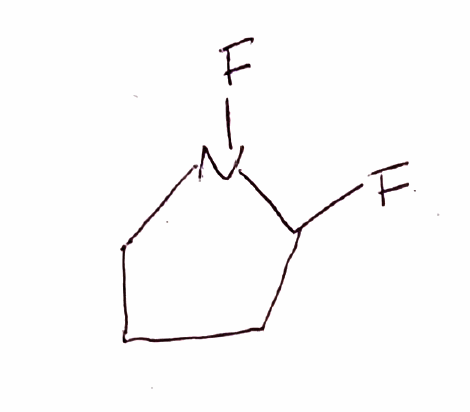
Simplified molecular-input line-entry system (SMILES) notation of the given molecule:
C1CC(N(C1)F)F